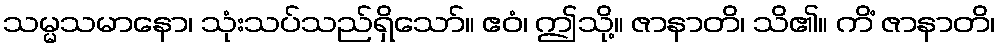
သမ္မသမာနော၊ သုံးသပ်သည်ရှိသော်။ ဧဝံ၊ ဤသို့။ ဇာနာတိ၊ သိ၏။ ကိံ ဇာနာတိ၊